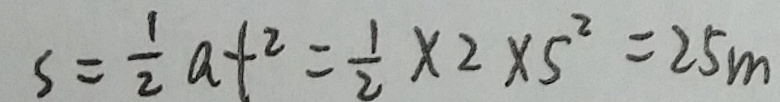
s = \frac { 1 } { 2 } a t ^ { 2 } = \frac { 1 } { 2 } \times 2 \times 5 ^ { 2 } = 2 5 m